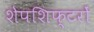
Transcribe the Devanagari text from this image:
शेपशिफ्टरों